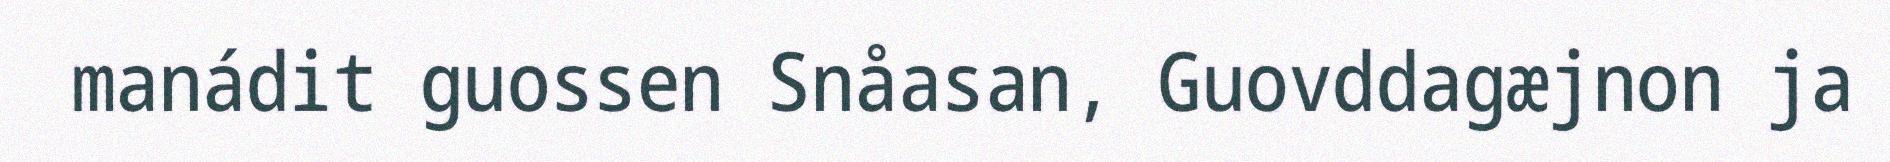
manádit guossen Snåasan, Guovddagæjnon ja